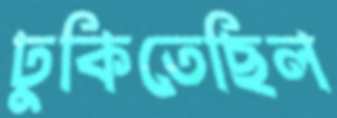
ঢুকিতেছিল